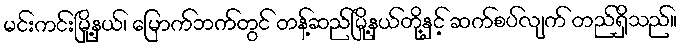
မင်းကင်းမြို့နယ်၊ မြောက်ဘက်တွင် တန့်ဆည်မြို့နယ်တို့နှင့် ဆက်စပ်လျက် တည်ရှိသည်။